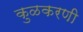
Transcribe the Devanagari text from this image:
कुळकरणी